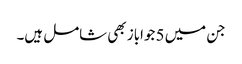
جن میں 5 جواباز بھی شامل ہیں۔